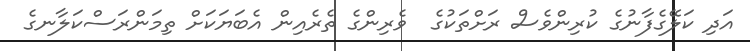
އަދި ކަލޭގެފާނުގެ ކުރިންވެސް ރަށްތަކުގެ  ވެރިންގެ ތެރެއިން އެބަޔަކަށް ތިމަންރަސްކަލާނގެ